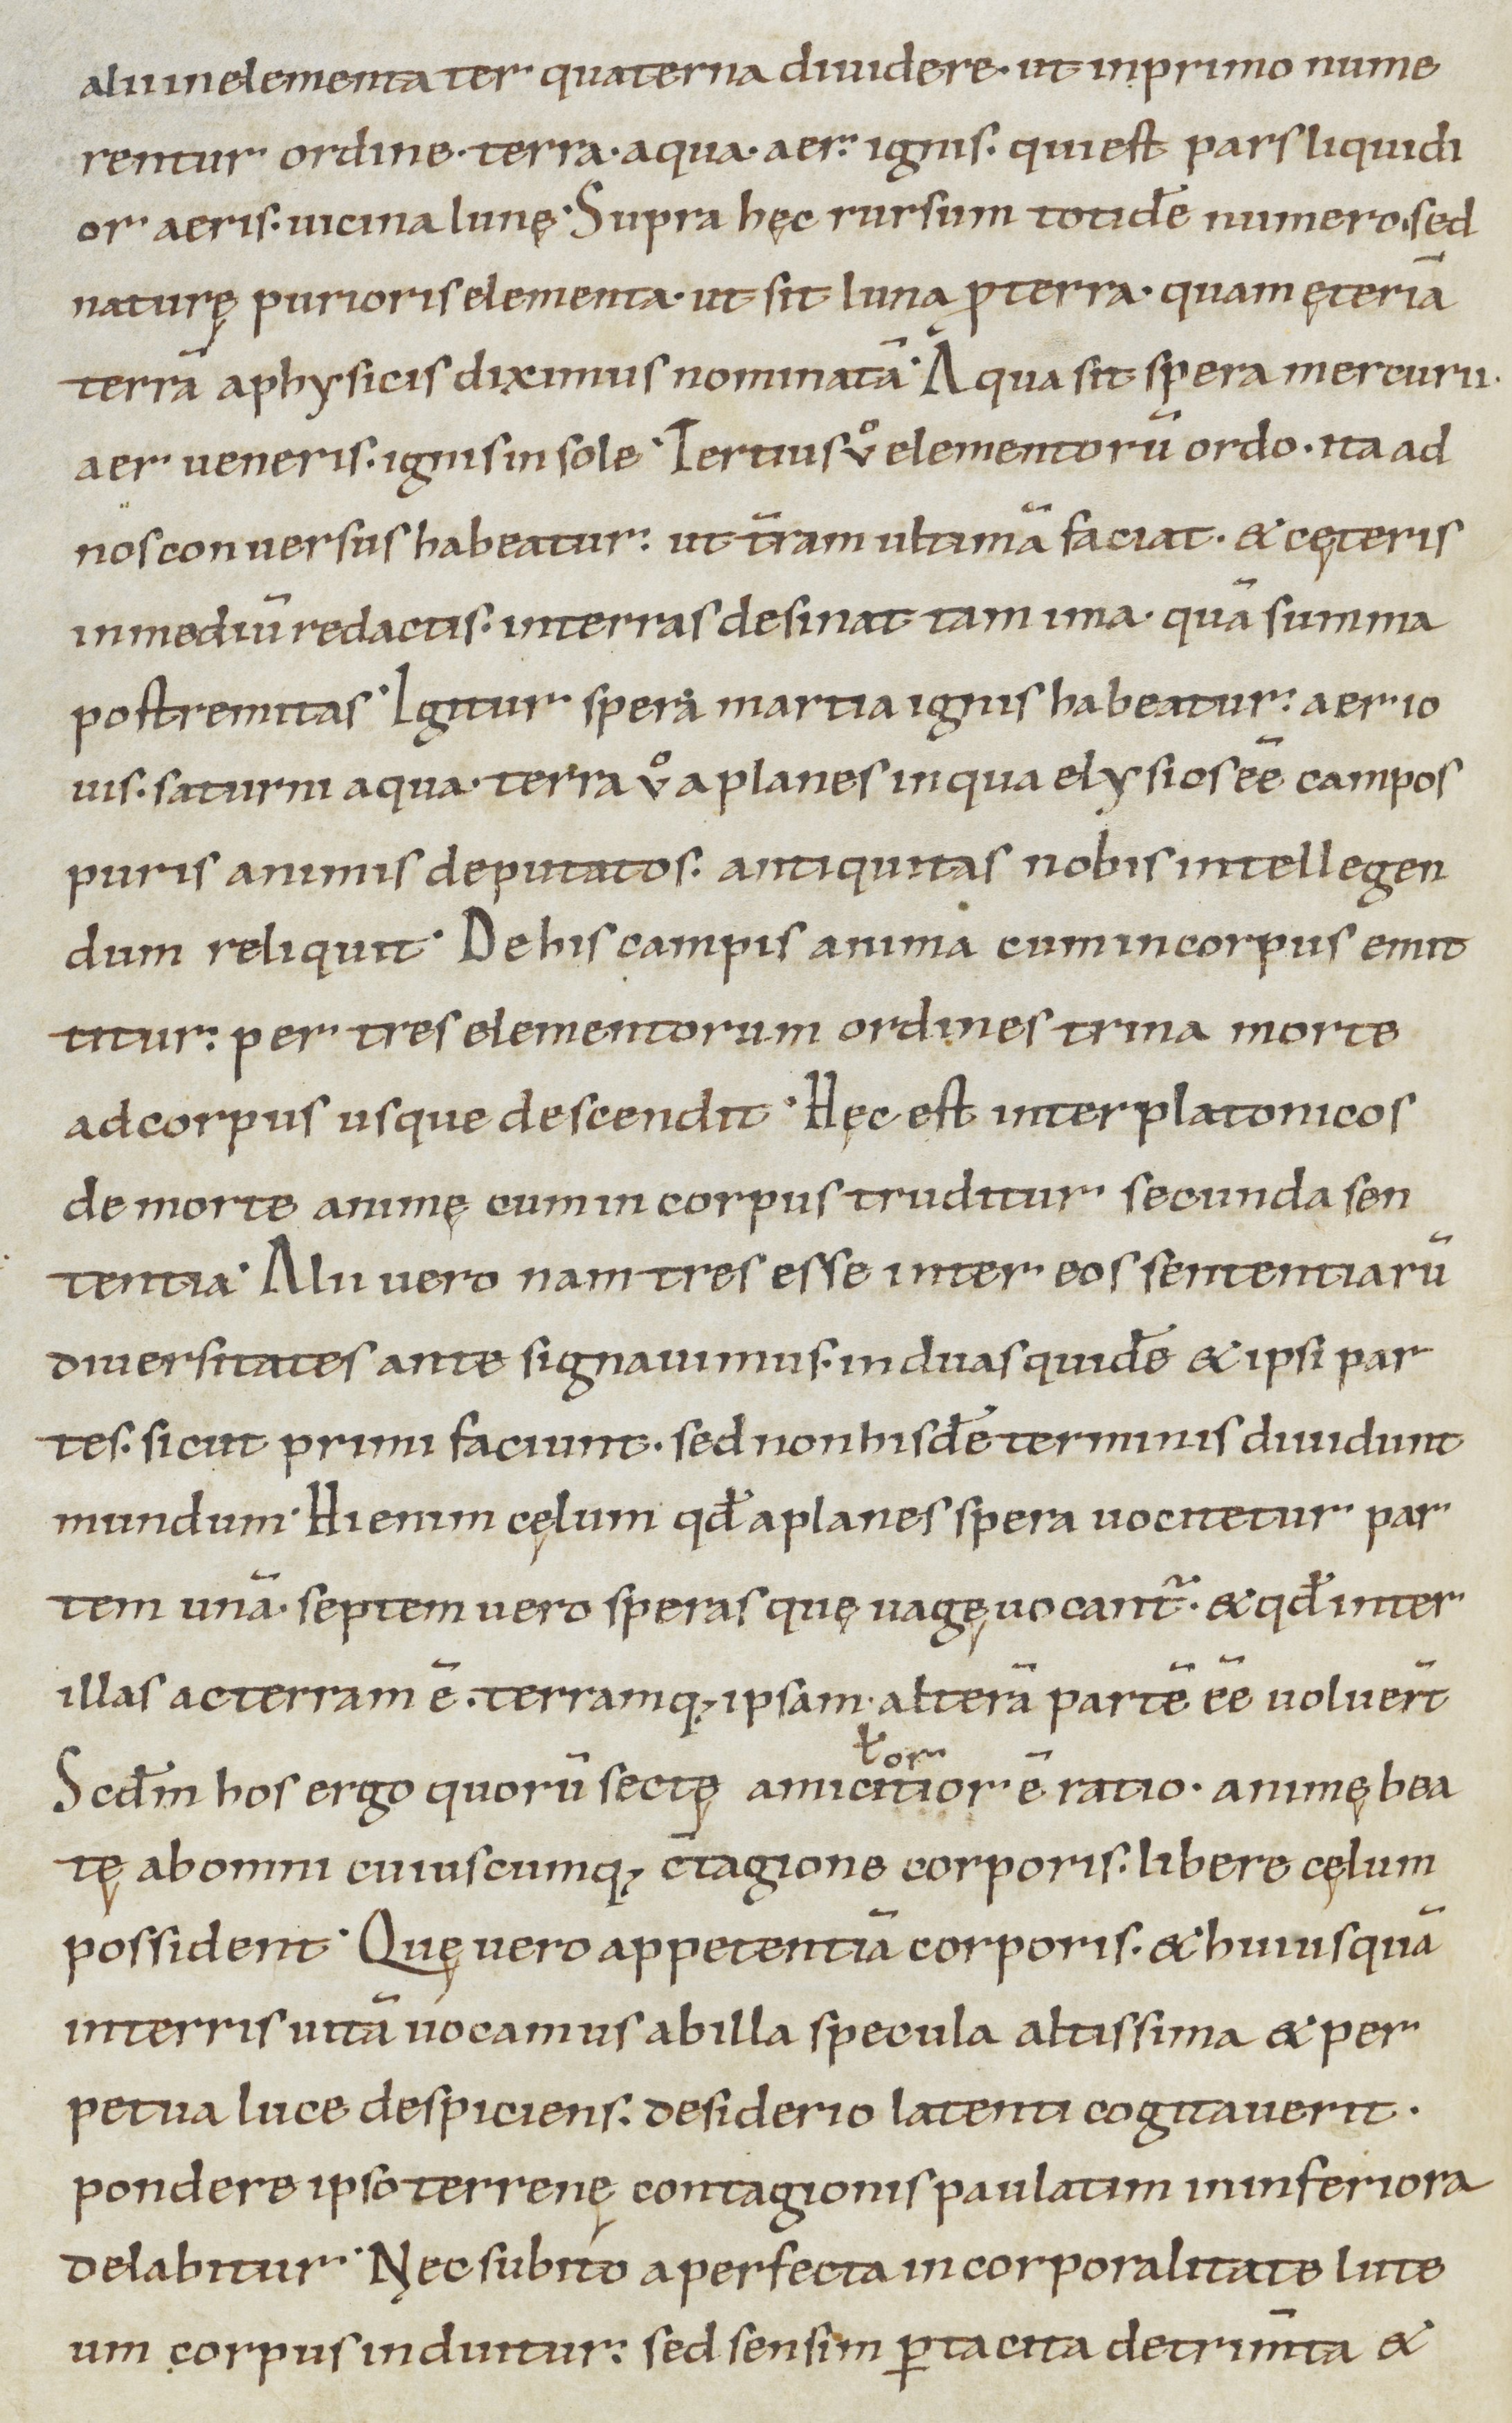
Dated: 900–1199